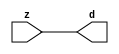

//------> ./rtl_mgc_ioport.v 
//------------------------------------------------------------------
//                M G C _ I O P O R T _ C O M P S
//------------------------------------------------------------------

//------------------------------------------------------------------
//                       M O D U L E S
//------------------------------------------------------------------

//------------------------------------------------------------------
//-- INPUT ENTITIES
//------------------------------------------------------------------

module mgc_in_wire (d, z);

  parameter integer rscid = 1;
  parameter integer width = 8;

  output [width-1:0] d;
  input  [width-1:0] z;

  wire   [width-1:0] d;

  assign d = z;

endmodule

//------------------------------------------------------------------

module mgc_in_wire_en (ld, d, lz, z);

  parameter integer rscid = 1;
  parameter integer width = 8;

  input              ld;
  output [width-1:0] d;
  output             lz;
  input  [width-1:0] z;

  wire   [width-1:0] d;
  wire               lz;

  assign d = z;
  assign lz = ld;

endmodule

//------------------------------------------------------------------

module mgc_in_wire_wait (ld, vd, d, lz, vz, z);

  parameter integer rscid = 1;
  parameter integer width = 8;

  input              ld;
  output             vd;
  output [width-1:0] d;
  output             lz;
  input              vz;
  input  [width-1:0] z;

  wire               vd;
  wire   [width-1:0] d;
  wire               lz;

  assign d = z;
  assign lz = ld;
  assign vd = vz;

endmodule
//------------------------------------------------------------------

module mgc_chan_in (ld, vd, d, lz, vz, z, size, req_size, sizez, sizelz);

  parameter integer rscid = 1;
  parameter integer width = 8;
  parameter integer sz_width = 8;

  input              ld;
  output             vd;
  output [width-1:0] d;
  output             lz;
  input              vz;
  input  [width-1:0] z;
  output [sz_width-1:0] size;
  input              req_size;
  input  [sz_width-1:0] sizez;
  output             sizelz;


  wire               vd;
  wire   [width-1:0] d;
  wire               lz;
  wire   [sz_width-1:0] size;
  wire               sizelz;

  assign d = z;
  assign lz = ld;
  assign vd = vz;
  assign size = sizez;
  assign sizelz = req_size;

endmodule


//------------------------------------------------------------------
//-- OUTPUT ENTITIES
//------------------------------------------------------------------

module mgc_out_stdreg (d, z);

  parameter integer rscid = 1;
  parameter integer width = 8;

  input    [width-1:0] d;
  output   [width-1:0] z;

  wire     [width-1:0] z;

  assign z = d;

endmodule

//------------------------------------------------------------------

module mgc_out_stdreg_en (ld, d, lz, z);

  parameter integer rscid = 1;
  parameter integer width = 8;

  input              ld;
  input  [width-1:0] d;
  output             lz;
  output [width-1:0] z;

  wire               lz;
  wire   [width-1:0] z;

  assign z = d;
  assign lz = ld;

endmodule

//------------------------------------------------------------------

module mgc_out_stdreg_wait (ld, vd, d, lz, vz, z);

  parameter integer rscid = 1;
  parameter integer width = 8;

  input              ld;
  output             vd;
  input  [width-1:0] d;
  output             lz;
  input              vz;
  output [width-1:0] z;

  wire               vd;
  wire               lz;
  wire   [width-1:0] z;

  assign z = d;
  assign lz = ld;
  assign vd = vz;

endmodule

//------------------------------------------------------------------

module mgc_out_prereg_en (ld, d, lz, z);

    parameter integer rscid = 1;
    parameter integer width = 8;

    input              ld;
    input  [width-1:0] d;
    output             lz;
    output [width-1:0] z;

    wire               lz;
    wire   [width-1:0] z;

    assign z = d;
    assign lz = ld;

endmodule

//------------------------------------------------------------------
//-- INOUT ENTITIES
//------------------------------------------------------------------

module mgc_inout_stdreg_en (ldin, din, ldout, dout, lzin, lzout, z);

    parameter integer rscid = 1;
    parameter integer width = 8;

    input              ldin;
    output [width-1:0] din;
    input              ldout;
    input  [width-1:0] dout;
    output             lzin;
    output             lzout;
    inout  [width-1:0] z;

    wire   [width-1:0] din;
    wire               lzin;
    wire               lzout;
    wire   [width-1:0] z;

    assign lzin = ldin;
    assign din = ldin ? z : {width{1'bz}};
    assign lzout = ldout;
    assign z = ldout ? dout : {width{1'bz}};

endmodule

//------------------------------------------------------------------
module hid_tribuf( I_SIG, ENABLE, O_SIG);
  parameter integer width = 8;

  input [width-1:0] I_SIG;
  input ENABLE;
  inout [width-1:0] O_SIG;

  assign O_SIG = (ENABLE) ? I_SIG : { width{1'bz}};

endmodule
//------------------------------------------------------------------

module mgc_inout_stdreg_wait (ldin, vdin, din, ldout, vdout, dout, lzin, vzin, lzout, vzout, z);

    parameter integer rscid = 1;
    parameter integer width = 8;

    input              ldin;
    output             vdin;
    output [width-1:0] din;
    input              ldout;
    output             vdout;
    input  [width-1:0] dout;
    output             lzin;
    input              vzin;
    output             lzout;
    input              vzout;
    inout  [width-1:0] z;

    wire               vdin;
    wire   [width-1:0] din;
    wire               vdout;
    wire               lzin;
    wire               lzout;
    wire   [width-1:0] z;
    wire   ldout_and_vzout;

    assign lzin = ldin;
    assign vdin = vzin;
    assign din = ldin ? z : {width{1'bz}};
    assign lzout = ldout;
    assign vdout = vzout ;
    assign ldout_and_vzout = ldout && vzout ;

    hid_tribuf #(width) tb( .I_SIG(dout),
                            .ENABLE(ldout_and_vzout),
                            .O_SIG(z) );

endmodule

//------------------------------------------------------------------

module mgc_inout_buf_wait (clk, en, arst, srst, ldin, vdin, din, ldout, vdout, dout, lzin, vzin, lzout, vzout, z);

    parameter integer rscid   = 0; // resource ID
    parameter integer width   = 8; // fifo width
    parameter         ph_clk  =  1'b1; // clock polarity 1=rising edge, 0=falling edge
    parameter         ph_en   =  1'b1; // clock enable polarity
    parameter         ph_arst =  1'b1; // async reset polarity
    parameter         ph_srst =  1'b1; // sync reset polarity

    input              clk;
    input              en;
    input              arst;
    input              srst;
    input              ldin;
    output             vdin;
    output [width-1:0] din;
    input              ldout;
    output             vdout;
    input  [width-1:0] dout;
    output             lzin;
    input              vzin;
    output             lzout;
    input              vzout;
    inout  [width-1:0] z;

    wire               lzout_buf;
    wire               vzout_buf;
    wire   [width-1:0] z_buf;
    wire               vdin;
    wire   [width-1:0] din;
    wire               vdout;
    wire               lzin;
    wire               lzout;
    wire   [width-1:0] z;

    assign lzin = ldin;
    assign vdin = vzin;
    assign din = ldin ? z : {width{1'bz}};
    assign lzout = lzout_buf & ~ldin;
    assign vzout_buf = vzout & ~ldin;
    hid_tribuf #(width) tb( .I_SIG(z_buf),
                            .ENABLE((lzout_buf && (!ldin) && vzout) ),
                            .O_SIG(z)  );

    mgc_out_buf_wait
    #(
        .rscid   (rscid),
        .width   (width),
        .ph_clk  (ph_clk),
        .ph_en   (ph_en),
        .ph_arst (ph_arst),
        .ph_srst (ph_srst)
    )
    BUFF
    (
        .clk     (clk),
        .en      (en),
        .arst    (arst),
        .srst    (srst),
        .ld      (ldout),
        .vd      (vdout),
        .d       (dout),
        .lz      (lzout_buf),
        .vz      (vzout_buf),
        .z       (z_buf)
    );


endmodule

module mgc_inout_fifo_wait (clk, en, arst, srst, ldin, vdin, din, ldout, vdout, dout, lzin, vzin, lzout, vzout, z);

    parameter integer rscid   = 0; // resource ID
    parameter integer width   = 8; // fifo width
    parameter integer fifo_sz = 8; // fifo depth
    parameter         ph_clk  = 1'b1;  // clock polarity 1=rising edge, 0=falling edge
    parameter         ph_en   = 1'b1;  // clock enable polarity
    parameter         ph_arst = 1'b1;  // async reset polarity
    parameter         ph_srst = 1'b1;  // sync reset polarity
    parameter integer ph_log2 = 3;     // log2(fifo_sz)
    parameter integer pwropt  = 0;     // pwropt

    input              clk;
    input              en;
    input              arst;
    input              srst;
    input              ldin;
    output             vdin;
    output [width-1:0] din;
    input              ldout;
    output             vdout;
    input  [width-1:0] dout;
    output             lzin;
    input              vzin;
    output             lzout;
    input              vzout;
    inout  [width-1:0] z;

    wire               lzout_buf;
    wire               vzout_buf;
    wire   [width-1:0] z_buf;
    wire               comb;
    wire               vdin;
    wire   [width-1:0] din;
    wire               vdout;
    wire               lzin;
    wire               lzout;
    wire   [width-1:0] z;

    assign lzin = ldin;
    assign vdin = vzin;
    assign din = ldin ? z : {width{1'bz}};
    assign lzout = lzout_buf & ~ldin;
    assign vzout_buf = vzout & ~ldin;
    assign comb = (lzout_buf && (!ldin) && vzout);

    hid_tribuf #(width) tb2( .I_SIG(z_buf), .ENABLE(comb), .O_SIG(z)  );

    mgc_out_fifo_wait
    #(
        .rscid   (rscid),
        .width   (width),
        .fifo_sz (fifo_sz),
        .ph_clk  (ph_clk),
        .ph_en   (ph_en),
        .ph_arst (ph_arst),
        .ph_srst (ph_srst),
        .ph_log2 (ph_log2),
        .pwropt  (pwropt)
    )
    FIFO
    (
        .clk   (clk),
        .en      (en),
        .arst    (arst),
        .srst    (srst),
        .ld      (ldout),
        .vd      (vdout),
        .d       (dout),
        .lz      (lzout_buf),
        .vz      (vzout_buf),
        .z       (z_buf)
    );

endmodule

//------------------------------------------------------------------
//-- I/O SYNCHRONIZATION ENTITIES
//------------------------------------------------------------------

module mgc_io_sync (ld, lz);

    input  ld;
    output lz;

    assign lz = ld;

endmodule

module mgc_bsync_rdy (rd, rz);

    parameter integer rscid   = 0; // resource ID
    parameter ready = 1;
    parameter valid = 0;

    input  rd;
    output rz;

    wire   rz;

    assign rz = rd;

endmodule

module mgc_bsync_vld (vd, vz);

    parameter integer rscid   = 0; // resource ID
    parameter ready = 0;
    parameter valid = 1;

    output vd;
    input  vz;

    wire   vd;

    assign vd = vz;

endmodule

module mgc_bsync_rv (rd, vd, rz, vz);

    parameter integer rscid   = 0; // resource ID
    parameter ready = 1;
    parameter valid = 1;

    input  rd;
    output vd;
    output rz;
    input  vz;

    wire   vd;
    wire   rz;

    assign rz = rd;
    assign vd = vz;

endmodule

//------------------------------------------------------------------

module mgc_sync (ldin, vdin, ldout, vdout);

  input  ldin;
  output vdin;
  input  ldout;
  output vdout;

  wire   vdin;
  wire   vdout;

  assign vdin = ldout;
  assign vdout = ldin;

endmodule

///////////////////////////////////////////////////////////////////////////////
// dummy function used to preserve funccalls for modulario
// it looks like a memory read to the caller
///////////////////////////////////////////////////////////////////////////////
module funccall_inout (d, ad, bd, z, az, bz);

  parameter integer ram_id = 1;
  parameter integer width = 8;
  parameter integer addr_width = 8;

  output [width-1:0]       d;
  input  [addr_width-1:0]  ad;
  input                    bd;
  input  [width-1:0]       z;
  output [addr_width-1:0]  az;
  output                   bz;

  wire   [width-1:0]       d;
  wire   [addr_width-1:0]  az;
  wire                     bz;

  assign d  = z;
  assign az = ad;
  assign bz = bd;

endmodule


///////////////////////////////////////////////////////////////////////////////
// inlinable modular io not otherwise found in mgc_ioport
///////////////////////////////////////////////////////////////////////////////

module modulario_en_in (vd, d, vz, z);

  parameter integer rscid = 1;
  parameter integer width = 8;

  output             vd;
  output [width-1:0] d;
  input              vz;
  input  [width-1:0] z;

  wire   [width-1:0] d;
  wire               vd;

  assign d = z;
  assign vd = vz;

endmodule

//------> ./rtl_mgc_ioport_v2001.v 
//------------------------------------------------------------------

module mgc_out_reg_pos (clk, en, arst, srst, ld, d, lz, z);

    parameter integer rscid   = 1;
    parameter integer width   = 8;
    parameter         ph_en   =  1'b1;
    parameter         ph_arst =  1'b1;
    parameter         ph_srst =  1'b1;

    input              clk;
    input              en;
    input              arst;
    input              srst;
    input              ld;
    input  [width-1:0] d;
    output             lz;
    output [width-1:0] z;

    reg                lz;
    reg    [width-1:0] z;

    generate
    if (ph_arst == 1'b0)
    begin: NEG_ARST
        always @(posedge clk or negedge arst)
        if (arst == 1'b0)
        begin: B1
            lz <= 1'b0;
            z  <= {width{1'b0}};
        end
        else if (srst == ph_srst)
        begin: B2
            lz <= 1'b0;
            z  <= {width{1'b0}};
        end
        else if (en == ph_en)
        begin: B3
            lz <= ld;
            z  <= (ld) ? d : z;
        end
    end
    else
    begin: POS_ARST
        always @(posedge clk or posedge arst)
        if (arst == 1'b1)
        begin: B1
            lz <= 1'b0;
            z  <= {width{1'b0}};
        end
        else if (srst == ph_srst)
        begin: B2
            lz <= 1'b0;
            z  <= {width{1'b0}};
        end
        else if (en == ph_en)
        begin: B3
            lz <= ld;
            z  <= (ld) ? d : z;
        end
    end
    endgenerate

endmodule

//------------------------------------------------------------------

module mgc_out_reg_neg (clk, en, arst, srst, ld, d, lz, z);

    parameter integer rscid   = 1;
    parameter integer width   = 8;
    parameter         ph_en   =  1'b1;
    parameter         ph_arst =  1'b1;
    parameter         ph_srst =  1'b1;

    input              clk;
    input              en;
    input              arst;
    input              srst;
    input              ld;
    input  [width-1:0] d;
    output             lz;
    output [width-1:0] z;

    reg                lz;
    reg    [width-1:0] z;

    generate
    if (ph_arst == 1'b0)
    begin: NEG_ARST
        always @(negedge clk or negedge arst)
        if (arst == 1'b0)
        begin: B1
            lz <= 1'b0;
            z  <= {width{1'b0}};
        end
        else if (srst == ph_srst)
        begin: B2
            lz <= 1'b0;
            z  <= {width{1'b0}};
        end
        else if (en == ph_en)
        begin: B3
            lz <= ld;
            z  <= (ld) ? d : z;
        end
    end
    else
    begin: POS_ARST
        always @(negedge clk or posedge arst)
        if (arst == 1'b1)
        begin: B1
            lz <= 1'b0;
            z  <= {width{1'b0}};
        end
        else if (srst == ph_srst)
        begin: B2
            lz <= 1'b0;
            z  <= {width{1'b0}};
        end
        else if (en == ph_en)
        begin: B3
            lz <= ld;
            z  <= (ld) ? d : z;
        end
    end
    endgenerate

endmodule

//------------------------------------------------------------------

module mgc_out_reg (clk, en, arst, srst, ld, d, lz, z); // Not Supported

    parameter integer rscid   = 1;
    parameter integer width   = 8;
    parameter         ph_clk  =  1'b1;
    parameter         ph_en   =  1'b1;
    parameter         ph_arst =  1'b1;
    parameter         ph_srst =  1'b1;

    input              clk;
    input              en;
    input              arst;
    input              srst;
    input              ld;
    input  [width-1:0] d;
    output             lz;
    output [width-1:0] z;


    generate
    if (ph_clk == 1'b0)
    begin: NEG_EDGE

        mgc_out_reg_neg
        #(
            .rscid   (rscid),
            .width   (width),
            .ph_en   (ph_en),
            .ph_arst (ph_arst),
            .ph_srst (ph_srst)
        )
        mgc_out_reg_neg_inst
        (
            .clk     (clk),
            .en      (en),
            .arst    (arst),
            .srst    (srst),
            .ld      (ld),
            .d       (d),
            .lz      (lz),
            .z       (z)
        );

    end
    else
    begin: POS_EDGE

        mgc_out_reg_pos
        #(
            .rscid   (rscid),
            .width   (width),
            .ph_en   (ph_en),
            .ph_arst (ph_arst),
            .ph_srst (ph_srst)
        )
        mgc_out_reg_pos_inst
        (
            .clk     (clk),
            .en      (en),
            .arst    (arst),
            .srst    (srst),
            .ld      (ld),
            .d       (d),
            .lz      (lz),
            .z       (z)
        );

    end
    endgenerate

endmodule




//------------------------------------------------------------------

module mgc_out_buf_wait (clk, en, arst, srst, ld, vd, d, vz, lz, z); // Not supported

    parameter integer rscid   = 1;
    parameter integer width   = 8;
    parameter         ph_clk  =  1'b1;
    parameter         ph_en   =  1'b1;
    parameter         ph_arst =  1'b1;
    parameter         ph_srst =  1'b1;

    input              clk;
    input              en;
    input              arst;
    input              srst;
    input              ld;
    output             vd;
    input  [width-1:0] d;
    output             lz;
    input              vz;
    output [width-1:0] z;

    wire               filled;
    wire               filled_next;
    wire   [width-1:0] abuf;
    wire               lbuf;


    assign filled_next = (filled & (~vz)) | (filled & ld) | (ld & (~vz));

    assign lbuf = ld & ~(filled ^ vz);

    assign vd = vz | ~filled;

    assign lz = ld | filled;

    assign z = (filled) ? abuf : d;

    wire dummy;
    wire dummy_bufreg_lz;

    // Output registers:
    mgc_out_reg
    #(
        .rscid   (rscid),
        .width   (1'b1),
        .ph_clk  (ph_clk),
        .ph_en   (ph_en),
        .ph_arst (ph_arst),
        .ph_srst (ph_srst)
    )
    STATREG
    (
        .clk     (clk),
        .en      (en),
        .arst    (arst),
        .srst    (srst),
        .ld      (filled_next),
        .d       (1'b0),       // input d is unused
        .lz      (filled),
        .z       (dummy)            // output z is unused
    );

    mgc_out_reg
    #(
        .rscid   (rscid),
        .width   (width),
        .ph_clk  (ph_clk),
        .ph_en   (ph_en),
        .ph_arst (ph_arst),
        .ph_srst (ph_srst)
    )
    BUFREG
    (
        .clk     (clk),
        .en      (en),
        .arst    (arst),
        .srst    (srst),
        .ld      (lbuf),
        .d       (d),
        .lz      (dummy_bufreg_lz),
        .z       (abuf)
    );

endmodule

//------------------------------------------------------------------

module mgc_out_fifo_wait (clk, en, arst, srst, ld, vd, d, lz, vz,  z);

    parameter integer rscid   = 0; // resource ID
    parameter integer width   = 8; // fifo width
    parameter integer fifo_sz = 8; // fifo depth
    parameter         ph_clk  = 1'b1; // clock polarity 1=rising edge, 0=falling edge
    parameter         ph_en   = 1'b1; // clock enable polarity
    parameter         ph_arst = 1'b1; // async reset polarity
    parameter         ph_srst = 1'b1; // sync reset polarity
    parameter integer ph_log2 = 3; // log2(fifo_sz)
    parameter integer pwropt  = 0; // pwropt


    input                 clk;
    input                 en;
    input                 arst;
    input                 srst;
    input                 ld;    // load data
    output                vd;    // fifo full active low
    input     [width-1:0] d;
    output                lz;    // fifo ready to send
    input                 vz;    // dest ready for data
    output    [width-1:0] z;

    wire    [31:0]      size;


      // Output registers:
 mgc_out_fifo_wait_core#(
        .rscid   (rscid),
        .width   (width),
        .sz_width (32),
        .fifo_sz (fifo_sz),
        .ph_clk  (ph_clk),
        .ph_en   (ph_en),
        .ph_arst (ph_arst),
        .ph_srst (ph_srst),
        .ph_log2 (ph_log2),
        .pwropt  (pwropt)
        ) CORE (
        .clk (clk),
        .en (en),
        .arst (arst),
        .srst (srst),
        .ld (ld),
        .vd (vd),
        .d (d),
        .lz (lz),
        .vz (vz),
        .z (z),
        .size (size)
        );

endmodule



module mgc_out_fifo_wait_core (clk, en, arst, srst, ld, vd, d, lz, vz,  z, size);

    parameter integer rscid   = 0; // resource ID
    parameter integer width   = 8; // fifo width
    parameter integer sz_width = 8; // size of port for elements in fifo
    parameter integer fifo_sz = 8; // fifo depth
    parameter         ph_clk  =  1'b1; // clock polarity 1=rising edge, 0=falling edge
    parameter         ph_en   =  1'b1; // clock enable polarity
    parameter         ph_arst =  1'b1; // async reset polarity
    parameter         ph_srst =  1'b1; // sync reset polarity
    parameter integer ph_log2 = 3; // log2(fifo_sz)
    parameter integer pwropt  = 0; // pwropt

   localparam integer  fifo_b = width * fifo_sz;

    input                 clk;
    input                 en;
    input                 arst;
    input                 srst;
    input                 ld;    // load data
    output                vd;    // fifo full active low
    input     [width-1:0] d;
    output                lz;    // fifo ready to send
    input                 vz;    // dest ready for data
    output    [width-1:0] z;
    output    [sz_width-1:0]      size;

    reg      [( (fifo_sz > 0) ? fifo_sz : 1)-1:0] stat_pre;
    wire     [( (fifo_sz > 0) ? fifo_sz : 1)-1:0] stat;
    reg      [( (fifo_b > 0) ? fifo_b : 1)-1:0] buff_pre;
    wire     [( (fifo_b > 0) ? fifo_b : 1)-1:0] buff;
    reg      [( (fifo_sz > 0) ? fifo_sz : 1)-1:0] en_l;
    reg      [(((fifo_sz > 0) ? fifo_sz : 1)-1)/8:0] en_l_s;

    reg       [width-1:0] buff_nxt;

    reg                   stat_nxt;
    reg                   stat_before;
    reg                   stat_after;
    reg                   en_l_var;

    integer               i;
    genvar                eni;

    wire [32:0]           size_t;
    reg [31:0]            count;
    reg [31:0]            count_t;
    reg [32:0]            n_elem;
// pragma translate_off
    reg [31:0]            peak;
// pragma translate_on

    wire [( (fifo_sz > 0) ? fifo_sz : 1)-1:0] dummy_statreg_lz;
    wire [( (fifo_b > 0) ? fifo_b : 1)-1:0] dummy_bufreg_lz;

    generate
    if ( fifo_sz > 0 )
    begin: FIFO_REG
      assign vd = vz | ~stat[0];
      assign lz = ld | stat[fifo_sz-1];
      assign size_t = (count - (vz && stat[fifo_sz-1])) + ld;
      assign size = size_t[sz_width-1:0];
      assign z = (stat[fifo_sz-1]) ? buff[fifo_b-1:width*(fifo_sz-1)] : d;

      always @(*)
      begin: FIFOPROC
        n_elem = 33'b0;
        for (i = fifo_sz-1; i >= 0; i = i - 1)
        begin
          if (i != 0)
            stat_before = stat[i-1];
          else
            stat_before = 1'b0;

          if (i != (fifo_sz-1))
            stat_after = stat[i+1];
          else
            stat_after = 1'b1;

          stat_nxt = stat_after &
                    (stat_before | (stat[i] & (~vz)) | (stat[i] & ld) | (ld & (~vz)));

          stat_pre[i] = stat_nxt;
          en_l_var = 1'b1;
          if (!stat_nxt)
            begin
              buff_nxt = {width{1'b0}};
              en_l_var = 1'b0;
            end
          else if (vz && stat_before)
            buff_nxt[0+:width] = buff[width*(i-1)+:width];
          else if (ld && !((vz && stat_before) || ((!vz) && stat[i])))
            buff_nxt = d;
          else
            begin
              if (pwropt == 0)
                buff_nxt[0+:width] = buff[width*i+:width];
              else
                buff_nxt = {width{1'b0}};
              en_l_var = 1'b0;
            end

          if (ph_en != 0)
            en_l[i] = en & en_l_var;
          else
            en_l[i] = en | ~en_l_var;

          buff_pre[width*i+:width] = buff_nxt[0+:width];

          if ((stat_after == 1'b1) && (stat[i] == 1'b0))
            n_elem = ($unsigned(fifo_sz) - 1) - i;
        end

        if (ph_en != 0)
          en_l_s[(((fifo_sz > 0) ? fifo_sz : 1)-1)/8] = 1'b1;
        else
          en_l_s[(((fifo_sz > 0) ? fifo_sz : 1)-1)/8] = 1'b0;

        for (i = fifo_sz-1; i >= 7; i = i - 1)
        begin
          if ((i%'d2) == 0)
          begin
            if (ph_en != 0)
              en_l_s[(i/8)-1] = en & (stat[i]|stat_pre[i-1]);
            else
              en_l_s[(i/8)-1] = en | ~(stat[i]|stat_pre[i-1]);
          end
        end

        if ( stat[fifo_sz-1] == 1'b0 )
          count_t = 32'b0;
        else if ( stat[0] == 1'b1 )
          count_t = { {(32-ph_log2){1'b0}}, fifo_sz};
        else
          count_t = n_elem[31:0];
        count = count_t;
// pragma translate_off
        if ( peak < count )
          peak = count;
// pragma translate_on
      end

      if (pwropt == 0)
      begin: NOCGFIFO
        // Output registers:
        mgc_out_reg
        #(
            .rscid   (rscid),
            .width   (fifo_sz),
            .ph_clk  (ph_clk),
            .ph_en   (ph_en),
            .ph_arst (ph_arst),
            .ph_srst (ph_srst)
        )
        STATREG
        (
            .clk     (clk),
            .en      (en),
            .arst    (arst),
            .srst    (srst),
            .ld      (1'b1),
            .d       (stat_pre),
            .lz      (dummy_statreg_lz[0]),
            .z       (stat)
        );
        mgc_out_reg
        #(
            .rscid   (rscid),
            .width   (fifo_b),
            .ph_clk  (ph_clk),
            .ph_en   (ph_en),
            .ph_arst (ph_arst),
            .ph_srst (ph_srst)
        )
        BUFREG
        (
            .clk     (clk),
            .en      (en),
            .arst    (arst),
            .srst    (srst),
            .ld      (1'b1),
            .d       (buff_pre),
            .lz      (dummy_bufreg_lz[0]),
            .z       (buff)
        );
      end
      else
      begin: CGFIFO
        // Output registers:
        if ( pwropt > 1)
        begin: CGSTATFIFO2
          for (eni = fifo_sz-1; eni >= 0; eni = eni - 1)
          begin: pwroptGEN1
            mgc_out_reg
            #(
              .rscid   (rscid),
              .width   (1),
              .ph_clk  (ph_clk),
              .ph_en   (ph_en),
              .ph_arst (ph_arst),
              .ph_srst (ph_srst)
            )
            STATREG
            (
              .clk     (clk),
              .en      (en_l_s[eni/8]),
              .arst    (arst),
              .srst    (srst),
              .ld      (1'b1),
              .d       (stat_pre[eni]),
              .lz      (dummy_statreg_lz[eni]),
              .z       (stat[eni])
            );
          end
        end
        else
        begin: CGSTATFIFO
          mgc_out_reg
          #(
            .rscid   (rscid),
            .width   (fifo_sz),
            .ph_clk  (ph_clk),
            .ph_en   (ph_en),
            .ph_arst (ph_arst),
            .ph_srst (ph_srst)
          )
          STATREG
          (
            .clk     (clk),
            .en      (en),
            .arst    (arst),
            .srst    (srst),
            .ld      (1'b1),
            .d       (stat_pre),
            .lz      (dummy_statreg_lz[0]),
            .z       (stat)
          );
        end
        for (eni = fifo_sz-1; eni >= 0; eni = eni - 1)
        begin: pwroptGEN2
          mgc_out_reg
          #(
            .rscid   (rscid),
            .width   (width),
            .ph_clk  (ph_clk),
            .ph_en   (ph_en),
            .ph_arst (ph_arst),
            .ph_srst (ph_srst)
          )
          BUFREG
          (
            .clk     (clk),
            .en      (en_l[eni]),
            .arst    (arst),
            .srst    (srst),
            .ld      (1'b1),
            .d       (buff_pre[width*eni+:width]),
            .lz      (dummy_bufreg_lz[eni]),
            .z       (buff[width*eni+:width])
          );
        end
      end
    end
    else
    begin: FEED_THRU
      assign vd = vz;
      assign lz = ld;
      assign z = d;
      assign size = ld && !vz;
    end
    endgenerate

endmodule

//------------------------------------------------------------------
//-- PIPE ENTITIES
//------------------------------------------------------------------
/*
 *
 *             _______________________________________________
 * WRITER    |                                               |          READER
 *           |           MGC_PIPE                            |
 *           |           __________________________          |
 *        --<| vdout  --<| vd ---------------  vz<|-----ldin<|---
 *           |           |      FIFO              |          |
 *        ---|>ldout  ---|>ld ---------------- lz |> ---vdin |>--
 *        ---|>dout -----|>d  ---------------- dz |> ----din |>--
 *           |           |________________________|          |
 *           |_______________________________________________|
 */
// two clock pipe
module mgc_pipe (clk, en, arst, srst, ldin, vdin, din, ldout, vdout, dout, size, req_size);

    parameter integer rscid   = 0; // resource ID
    parameter integer width   = 8; // fifo width
    parameter integer sz_width = 8; // width of size of elements in fifo
    parameter integer fifo_sz = 8; // fifo depth
    parameter integer log2_sz = 3; // log2(fifo_sz)
    parameter         ph_clk  = 1'b1;  // clock polarity 1=rising edge, 0=falling edge
    parameter         ph_en   = 1'b1;  // clock enable polarity
    parameter         ph_arst = 1'b1;  // async reset polarity
    parameter         ph_srst = 1'b1;  // sync reset polarity
    parameter integer pwropt  = 0; // pwropt

    input              clk;
    input              en;
    input              arst;
    input              srst;
    input              ldin;
    output             vdin;
    output [width-1:0] din;
    input              ldout;
    output             vdout;
    input  [width-1:0] dout;
    output [sz_width-1:0]      size;
    input              req_size;


    mgc_out_fifo_wait_core
    #(
        .rscid    (rscid),
        .width    (width),
        .sz_width (sz_width),
        .fifo_sz  (fifo_sz),
        .ph_clk   (ph_clk),
        .ph_en    (ph_en),
        .ph_arst  (ph_arst),
        .ph_srst  (ph_srst),
        .ph_log2  (log2_sz),
        .pwropt   (pwropt)
    )
    FIFO
    (
        .clk     (clk),
        .en      (en),
        .arst    (arst),
        .srst    (srst),
        .ld      (ldout),
        .vd      (vdout),
        .d       (dout),
        .lz      (vdin),
        .vz      (ldin),
        .z       (din),
        .size    (size)
    );

endmodule


//------> ./rtl.v 
// ----------------------------------------------------------------------
//  HLS HDL:        Verilog Netlister
//  HLS Version:    2011a.126 Production Release
//  HLS Date:       Wed Aug  8 00:52:07 PDT 2012
// 
//  Generated by:   lb3314@EEWS304-017
//  Generated date: Thu May 14 19:24:01 2015
// ----------------------------------------------------------------------

// 
// ------------------------------------------------------------------
//  Design Unit:    is_pixel_match_core
// ------------------------------------------------------------------


module is_pixel_match_core (
  clk, en, arst_n, video_in_rsc_mgc_in_wire_d, video_out_rsc_mgc_out_stdreg_d, box_xy_rsc_mgc_in_wire_d,
      vga_xy_rsc_mgc_in_wire_d, o_x_rsc_mgc_out_stdreg_d, counter_rsc_mgc_out_stdreg_d,
      do_calc_rsc_mgc_out_stdreg_d
);
  input clk;
  input en;
  input arst_n;
  input [29:0] video_in_rsc_mgc_in_wire_d;
  output [29:0] video_out_rsc_mgc_out_stdreg_d;
  input [19:0] box_xy_rsc_mgc_in_wire_d;
  input [19:0] vga_xy_rsc_mgc_in_wire_d;
  output [7:0] o_x_rsc_mgc_out_stdreg_d;
  reg [7:0] o_x_rsc_mgc_out_stdreg_d;
  output [1:0] counter_rsc_mgc_out_stdreg_d;
  output [1:0] do_calc_rsc_mgc_out_stdreg_d;


  // Interconnect Declarations
  wire [7:0] box_r_sg1_sva_1;
  wire [8:0] nl_box_r_sg1_sva_1;
  wire [9:0] luma_lpi_dfm_mx0;
  wire [8:0] box_b_sg1_sva_1;
  wire [9:0] nl_box_b_sg1_sva_1;
  reg [9:0] reg_video_out_rsc_mgc_out_stdreg_d_tmp;
  reg [9:0] reg_video_out_rsc_mgc_out_stdreg_d_tmp_1;
  reg [9:0] reg_video_out_rsc_mgc_out_stdreg_d_tmp_2;
  reg reg_do_calc_rsc_mgc_out_stdreg_d_reg;
  reg reg_counter_rsc_mgc_out_stdreg_d_reg;
  wire land_lpi_dfm;
  wire [10:0] if_2_acc_itm;
  wire [11:0] nl_if_2_acc_itm;

  wire[9:0] mux_1_nl;

  // Interconnect Declarations for Component Instantiations 
  assign do_calc_rsc_mgc_out_stdreg_d = {1'b0, reg_do_calc_rsc_mgc_out_stdreg_d_reg};
  assign counter_rsc_mgc_out_stdreg_d = {1'b0, reg_counter_rsc_mgc_out_stdreg_d_reg};
  assign video_out_rsc_mgc_out_stdreg_d = {reg_video_out_rsc_mgc_out_stdreg_d_tmp
      , reg_video_out_rsc_mgc_out_stdreg_d_tmp_1 , reg_video_out_rsc_mgc_out_stdreg_d_tmp_2};
  assign mux_1_nl = MUX_v_10_2_2({luma_lpi_dfm_mx0 , (video_in_rsc_mgc_in_wire_d[9:0])},
      readslicef_12_1_11((({1'b1 , luma_lpi_dfm_mx0 , 1'b1}) + conv_u2u_11_12({(~
      (video_in_rsc_mgc_in_wire_d[9:0])) , 1'b1}))));
  assign nl_if_2_acc_itm = ({1'b1 , (~ (mux_1_nl))}) + 11'b1100101;
  assign if_2_acc_itm = nl_if_2_acc_itm[10:0];
  assign luma_lpi_dfm_mx0 = MUX_v_10_2_2({(video_in_rsc_mgc_in_wire_d[29:20]) , (video_in_rsc_mgc_in_wire_d[19:10])},
      readslicef_12_1_11((({1'b1 , (video_in_rsc_mgc_in_wire_d[29:20]) , 1'b1}) +
      conv_u2u_11_12({(~ (video_in_rsc_mgc_in_wire_d[19:10])) , 1'b1}))));
  assign nl_box_b_sg1_sva_1 = (~ (box_xy_rsc_mgc_in_wire_d[19:11])) + 9'b11001;
  assign box_b_sg1_sva_1 = nl_box_b_sg1_sva_1[8:0];
  assign nl_box_r_sg1_sva_1 = (box_xy_rsc_mgc_in_wire_d[9:2]) + 8'b11001;
  assign box_r_sg1_sva_1 = nl_box_r_sg1_sva_1[7:0];
  assign land_lpi_dfm = (readslicef_12_1_11((({1'b1 , (vga_xy_rsc_mgc_in_wire_d[19:10])
      , 1'b1}) + conv_u2u_11_12({(~ box_b_sg1_sva_1) , (box_xy_rsc_mgc_in_wire_d[10])
      , 1'b1})))) & (readslicef_12_1_11((({1'b1 , (~ (box_xy_rsc_mgc_in_wire_d[19:10]))
      , 1'b1}) + conv_u2u_11_12({(~ (vga_xy_rsc_mgc_in_wire_d[19:10])) , 1'b1}))))
      & (readslicef_12_1_11((({1'b1 , (vga_xy_rsc_mgc_in_wire_d[9:0]) , 1'b1}) +
      conv_u2u_11_12({(~ box_r_sg1_sva_1) , (~ (box_xy_rsc_mgc_in_wire_d[1:0])) ,
      1'b1})))) & (readslicef_12_1_11((({1'b1 , (box_xy_rsc_mgc_in_wire_d[9:0]) ,
      1'b1}) + conv_u2u_11_12({(~ (vga_xy_rsc_mgc_in_wire_d[9:0])) , 1'b1}))));
  always @(posedge clk or negedge arst_n) begin
    if ( ~ arst_n ) begin
      reg_do_calc_rsc_mgc_out_stdreg_d_reg <= 1'b0;
      reg_counter_rsc_mgc_out_stdreg_d_reg <= 1'b0;
      o_x_rsc_mgc_out_stdreg_d <= 8'b0;
      reg_video_out_rsc_mgc_out_stdreg_d_tmp <= 10'b0;
      reg_video_out_rsc_mgc_out_stdreg_d_tmp_1 <= 10'b0;
      reg_video_out_rsc_mgc_out_stdreg_d_tmp_2 <= 10'b0;
    end
    else begin
      if ( en ) begin
        reg_do_calc_rsc_mgc_out_stdreg_d_reg <= ((vga_xy_rsc_mgc_in_wire_d[19:10])
            == ({box_b_sg1_sva_1 , (~ (box_xy_rsc_mgc_in_wire_d[10]))})) & ((vga_xy_rsc_mgc_in_wire_d[9:0])
            == ({box_r_sg1_sva_1 , (box_xy_rsc_mgc_in_wire_d[1:0])}));
        reg_counter_rsc_mgc_out_stdreg_d_reg <= ~((if_2_acc_itm[10]) | (~ land_lpi_dfm));
        o_x_rsc_mgc_out_stdreg_d <= (readslicef_9_8_1((({(vga_xy_rsc_mgc_in_wire_d[7:0])
            , 1'b1}) + ({(~ (box_xy_rsc_mgc_in_wire_d[7:0])) , 1'b1})))) & (signext_8_1(~
            (if_2_acc_itm[10]))) & ({{7{land_lpi_dfm}}, land_lpi_dfm});
        reg_video_out_rsc_mgc_out_stdreg_d_tmp <= MUX_v_10_2_2({(video_in_rsc_mgc_in_wire_d[29:20])
            , (signext_10_1(~ (if_2_acc_itm[10])))}, land_lpi_dfm);
        reg_video_out_rsc_mgc_out_stdreg_d_tmp_1 <= MUX_v_10_2_2({(video_in_rsc_mgc_in_wire_d[19:10])
            , (signext_10_1(~ (if_2_acc_itm[10])))}, land_lpi_dfm);
        reg_video_out_rsc_mgc_out_stdreg_d_tmp_2 <= MUX_v_10_2_2({(video_in_rsc_mgc_in_wire_d[9:0])
            , (signext_10_1(~ (if_2_acc_itm[10])))}, land_lpi_dfm);
      end
    end
  end

  function [9:0] MUX_v_10_2_2;
    input [19:0] inputs;
    input [0:0] sel;
    reg [9:0] result;
  begin
    case (sel)
      1'b0 : begin
        result = inputs[19:10];
      end
      1'b1 : begin
        result = inputs[9:0];
      end
      default : begin
        result = inputs[19:10];
      end
    endcase
    MUX_v_10_2_2 = result;
  end
  endfunction


  function [0:0] readslicef_12_1_11;
    input [11:0] vector;
    reg [11:0] tmp;
  begin
    tmp = vector >> 11;
    readslicef_12_1_11 = tmp[0:0];
  end
  endfunction


  function [7:0] readslicef_9_8_1;
    input [8:0] vector;
    reg [8:0] tmp;
  begin
    tmp = vector >> 1;
    readslicef_9_8_1 = tmp[7:0];
  end
  endfunction


  function [7:0] signext_8_1;
    input [0:0] vector;
  begin
    signext_8_1= {{7{vector[0]}}, vector};
  end
  endfunction


  function [9:0] signext_10_1;
    input [0:0] vector;
  begin
    signext_10_1= {{9{vector[0]}}, vector};
  end
  endfunction


  function  [11:0] conv_u2u_11_12 ;
    input [10:0]  vector ;
  begin
    conv_u2u_11_12 = {1'b0, vector};
  end
  endfunction

endmodule

// ------------------------------------------------------------------
//  Design Unit:    is_pixel_match
//  Generated from file(s):
//   10) $PROJECT_HOME/color_summer.c
// ------------------------------------------------------------------


module is_pixel_match (
  video_in_rsc_z, video_out_rsc_z, box_xy_rsc_z, vga_xy_rsc_z, o_x_rsc_z, counter_rsc_z,
      do_calc_rsc_z, clk, en, arst_n
);
  input [29:0] video_in_rsc_z;
  output [29:0] video_out_rsc_z;
  input [19:0] box_xy_rsc_z;
  input [19:0] vga_xy_rsc_z;
  output [7:0] o_x_rsc_z;
  output [1:0] counter_rsc_z;
  output [1:0] do_calc_rsc_z;
  input clk;
  input en;
  input arst_n;


  // Interconnect Declarations
  wire [29:0] video_in_rsc_mgc_in_wire_d;
  wire [29:0] video_out_rsc_mgc_out_stdreg_d;
  wire [19:0] box_xy_rsc_mgc_in_wire_d;
  wire [19:0] vga_xy_rsc_mgc_in_wire_d;
  wire [7:0] o_x_rsc_mgc_out_stdreg_d;
  wire [1:0] counter_rsc_mgc_out_stdreg_d;
  wire [1:0] do_calc_rsc_mgc_out_stdreg_d;


  // Interconnect Declarations for Component Instantiations 
  mgc_in_wire #(.rscid(1),
  .width(30)) video_in_rsc_mgc_in_wire (
      .d(video_in_rsc_mgc_in_wire_d),
      .z(video_in_rsc_z)
    );
  mgc_out_stdreg #(.rscid(2),
  .width(30)) video_out_rsc_mgc_out_stdreg (
      .d(video_out_rsc_mgc_out_stdreg_d),
      .z(video_out_rsc_z)
    );
  mgc_in_wire #(.rscid(3),
  .width(20)) box_xy_rsc_mgc_in_wire (
      .d(box_xy_rsc_mgc_in_wire_d),
      .z(box_xy_rsc_z)
    );
  mgc_in_wire #(.rscid(4),
  .width(20)) vga_xy_rsc_mgc_in_wire (
      .d(vga_xy_rsc_mgc_in_wire_d),
      .z(vga_xy_rsc_z)
    );
  mgc_out_stdreg #(.rscid(5),
  .width(8)) o_x_rsc_mgc_out_stdreg (
      .d(o_x_rsc_mgc_out_stdreg_d),
      .z(o_x_rsc_z)
    );
  mgc_out_stdreg #(.rscid(6),
  .width(2)) counter_rsc_mgc_out_stdreg (
      .d(counter_rsc_mgc_out_stdreg_d),
      .z(counter_rsc_z)
    );
  mgc_out_stdreg #(.rscid(7),
  .width(2)) do_calc_rsc_mgc_out_stdreg (
      .d(do_calc_rsc_mgc_out_stdreg_d),
      .z(do_calc_rsc_z)
    );
  is_pixel_match_core is_pixel_match_core_inst (
      .clk(clk),
      .en(en),
      .arst_n(arst_n),
      .video_in_rsc_mgc_in_wire_d(video_in_rsc_mgc_in_wire_d),
      .video_out_rsc_mgc_out_stdreg_d(video_out_rsc_mgc_out_stdreg_d),
      .box_xy_rsc_mgc_in_wire_d(box_xy_rsc_mgc_in_wire_d),
      .vga_xy_rsc_mgc_in_wire_d(vga_xy_rsc_mgc_in_wire_d),
      .o_x_rsc_mgc_out_stdreg_d(o_x_rsc_mgc_out_stdreg_d),
      .counter_rsc_mgc_out_stdreg_d(counter_rsc_mgc_out_stdreg_d),
      .do_calc_rsc_mgc_out_stdreg_d(do_calc_rsc_mgc_out_stdreg_d)
    );
endmodule